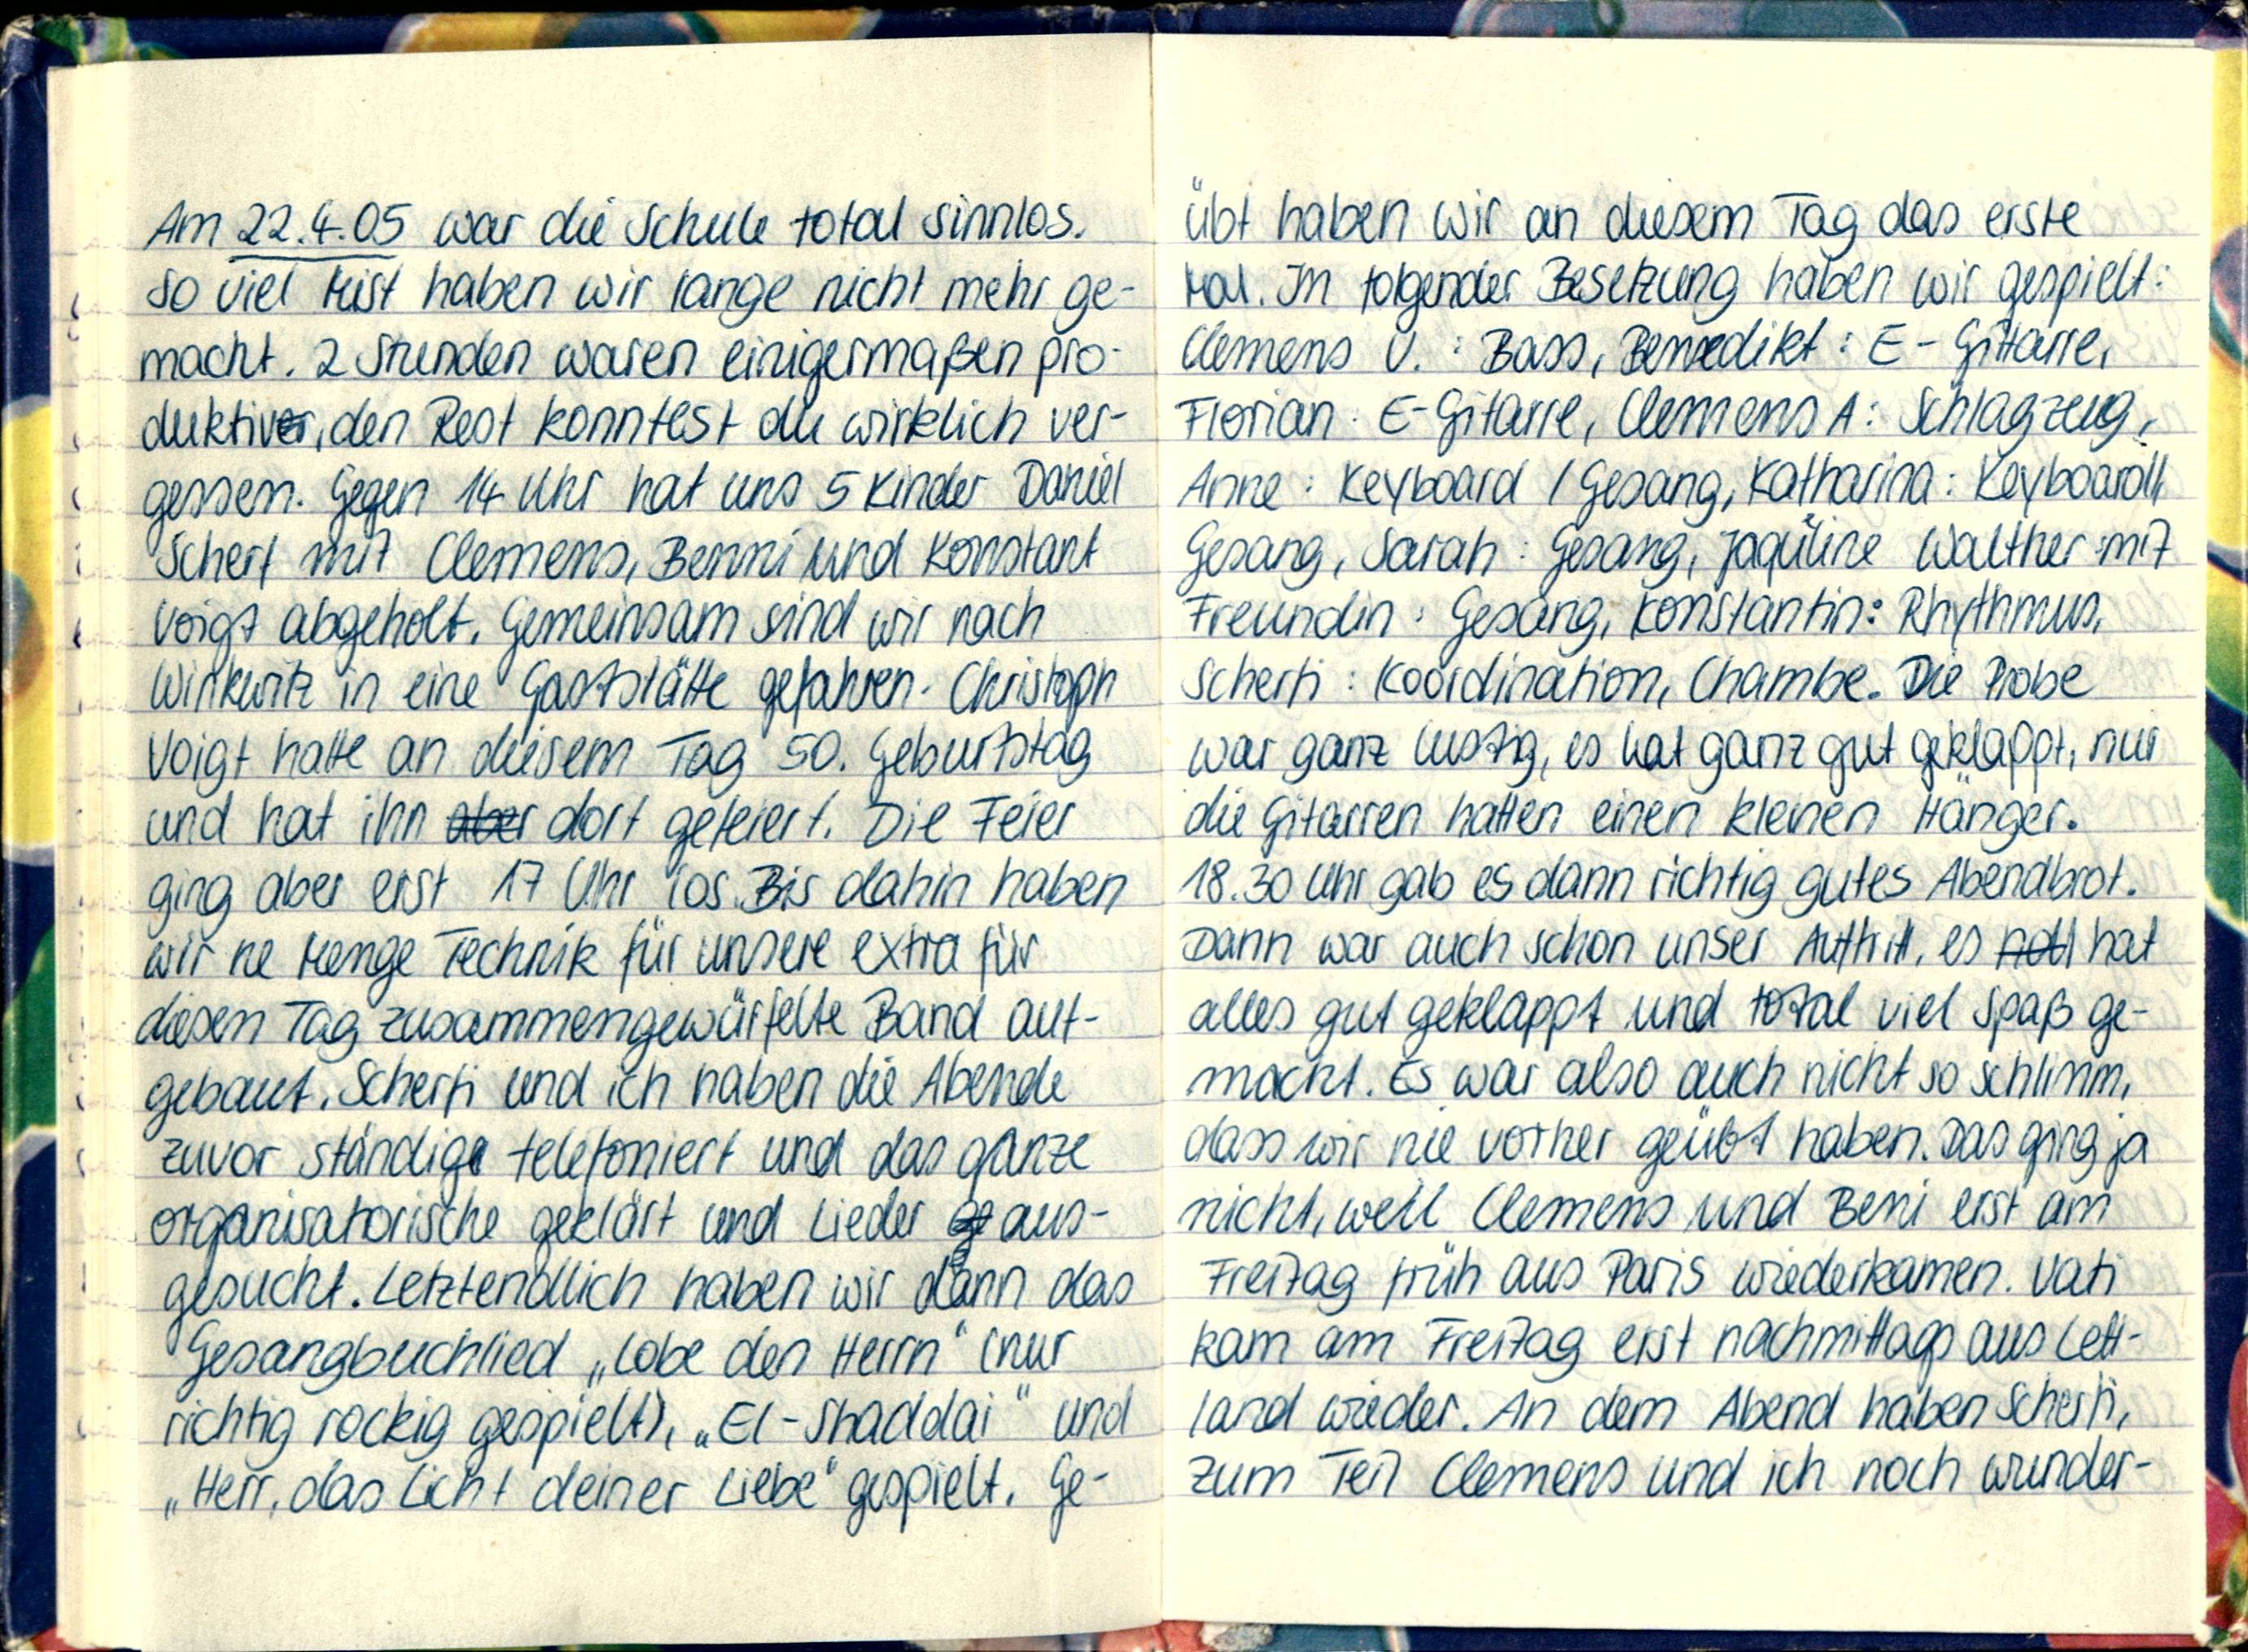
Am 22.4.05 war die Schule total sinnlos.
So viel Mist haben wir lange nicht mehr ge-
macht. 2 Stunden waren einigermaßen pro-
duktiv, den Rest konntest du wirklich ver-
gessen. Gegen 14 Uhr hat uns 5 Kinder Daniel
Scherf mit Clemens, Benni und Konstant
Voigt abgeholt, Gemeinsam sind wir nach
Winkwitz in eine Gaststätte gefahren. Christoph
Voigt hatte an diesem Tag 50. Geburtstag
und hat ihn dort gefeiert. Die Feier
ging aber erst 17 Uhr los. Bis dahin haben
wir ne Menge Technik für unsere extra für
diesen Tag zusammengewürfelte Band auf-
gebaut. Scherfi und ich haben die Abende
zuvor ständig telefoniert und das ganze
organsatorische geklärt und Lieder aus-
gesucht. Letztendlich haben wir dann das
Gesangbuchlied „Lobe den Herrn" (nur
richtig rockig gespielt), „El-Shaddai"" und
„Herr, das Licht deiner Liebe" gespielt. Ge-

übt haben wir an diesem Tag das erste
Mal. In folgender Besetzung haben wir gespielt:
Clemens V.: Bass, Benedikt: E- Gittarre,
Florian: E-Gitarre, Clemens A: Schlagzeug,
Anne: Keyboard/ Gesang, Katharina: Keyboard/
Gesang, Sarah: Gesang, Jaquline Walther mit
Freundin: Gesang, Konstantin: Rhythmus,
Scherfi: Koordination, Chambe. Die Probe
war ganz lustig, es hat ganz gut geklappt, nur
die Gitarren hatten einen kleinen Hänger.
18.30 Uhr gab es dann richtig gutes Abendbrot.
Dann war auch schon unser Auftritt, es hat
alles gut geklappt und total viel Spaß ge-
macht. Es war also auch nicht so schlimm,
dass wir nie vorher geübt haben. Das ging ja
nicht, weill Clemens und Beni erst am
Freitag früh aus Paris wiederkamen. Vati
kam am Freitag erst nachmittags aus Lett-
land wieder. An dem Abend haben Scherfi,
zum Teil Clemens und ich noch wunder-